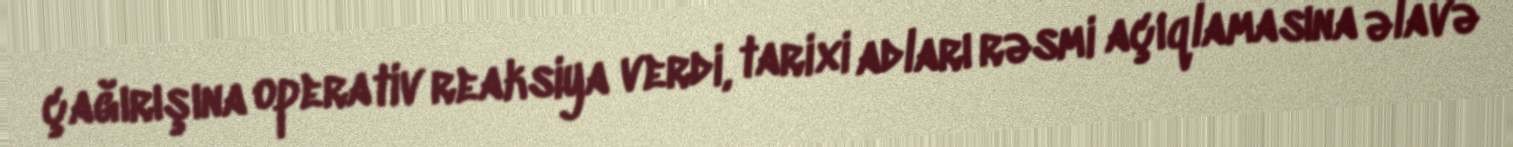
çağırışına operativ reaksiya verdi, tarixi adları rəsmi açıqlamasına əlavə